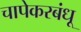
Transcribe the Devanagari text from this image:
चापेकरबंधू